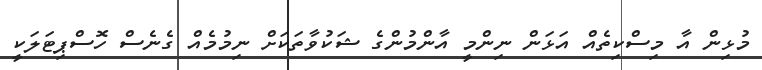
މުޅިން އާ މިސްކިތެއް އަޅަން ނިންމީ އާންމުންގެ ޝަކުވާތަކަށް ނިމުމެއް ގެނެސް ހޮސްޕިޓަލަކީ